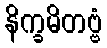
နိက္ခမိတဗ္ဗံ